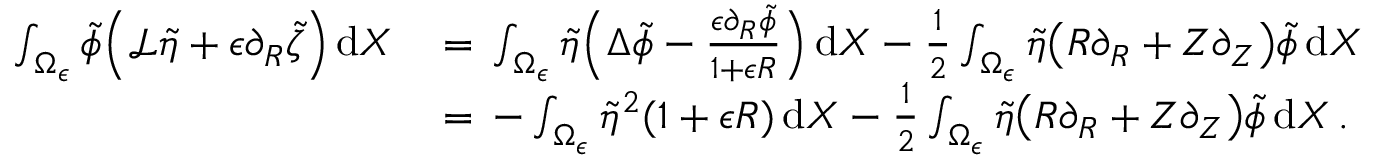
\begin{array} { r l } { \int _ { \Omega _ { \epsilon } } \tilde { \phi } \Bigl ( \mathcal { L } \tilde { \eta } + \epsilon \partial _ { R } \tilde { \zeta } \Bigr ) \, \mathrm { d } X \, } & { = \, \int _ { \Omega _ { \epsilon } } \tilde { \eta } \Bigl ( \Delta \tilde { \phi } - \frac { \epsilon \partial _ { R } \tilde { \phi } } { 1 + \epsilon R } \Bigr ) \, \mathrm { d } X - \frac 1 2 \int _ { \Omega _ { \epsilon } } \tilde { \eta } \bigl ( R \partial _ { R } + Z \partial _ { Z } \bigr ) \tilde { \phi } \, \mathrm { d } X } \\ { \, } & { = \, - \int _ { \Omega _ { \epsilon } } \tilde { \eta } ^ { 2 } ( 1 + \epsilon R ) \, \mathrm { d } X - \frac 1 2 \int _ { \Omega _ { \epsilon } } \tilde { \eta } \bigl ( R \partial _ { R } + Z \partial _ { Z } \bigr ) \tilde { \phi } \, \mathrm { d } X \, . } \end{array}